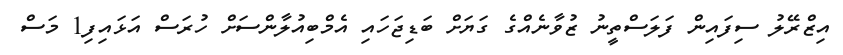
އިޒްރޭލު ސިފައިން ފަލަސްތީނު ޒުވާނެއްގެ ގަޔަށް ބަޑިޖަހައި އެމްބިއުލާންސަށް ހުރަސް އަޅައިފި1 މަސް